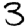
Digit: 3